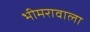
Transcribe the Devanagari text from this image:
भीमरावाला